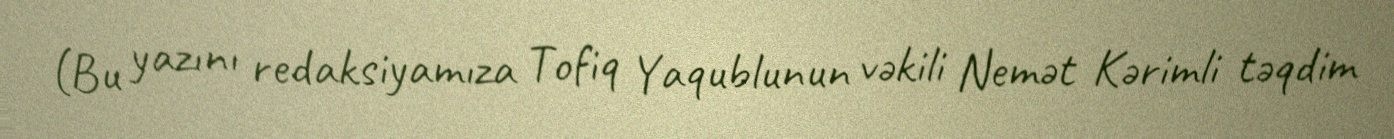
(Bu yazını redaksiyamıza Tofiq Yaqublunun vəkili Nemət Kərimli təqdim